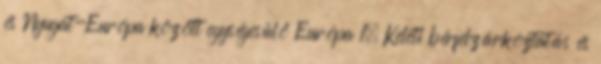
és Nyugat-Európa között egységesülő Európa 1. Keleti bérfelzárkóztatás és